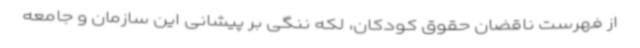
از فهرست ناقضان حقوق کودکان، لکه ننگی بر پیشانی این سازمان و جامعه